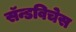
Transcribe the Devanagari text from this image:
सॅन्डविचेस